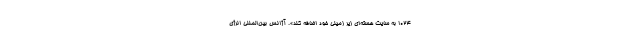
۱۰۲۴ به سایت هسته‌ای زیر زمینی خود اضافه کند». آژانس بین‌المللی انرژی